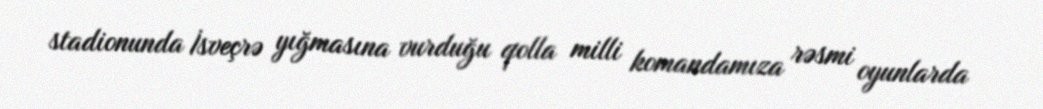
stadionunda İsveçrə yığmasına vurduğu qolla milli komandamıza rəsmi oyunlarda